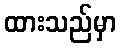
ထားသည်မှာ